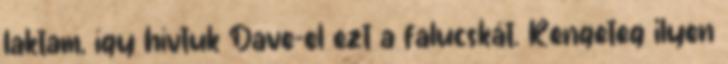
laktam, így hívtuk Dave-el ezt a falucskát. Rengeteg ilyen